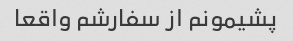
پشیمونم از سفارشم واقعا